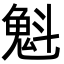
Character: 𫿶